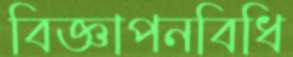
বিজ্ঞাপনবিধি